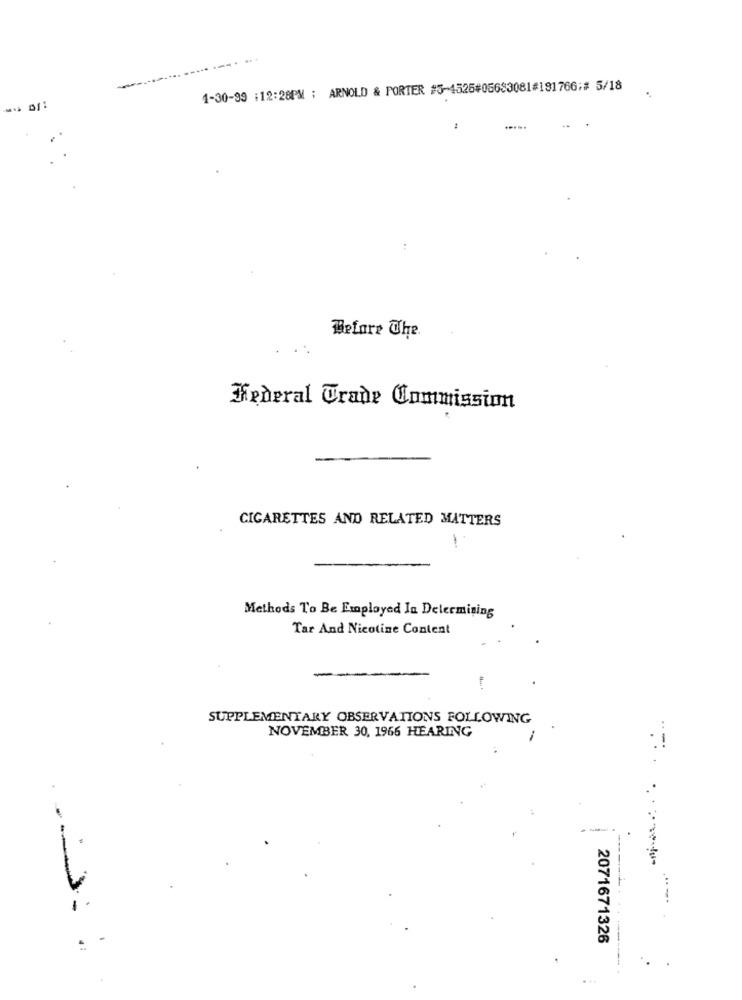
..
1-30-99 :12:28PM ; ARNOLD & PORTER #5-4525#05683081#181766;# 5/18
Before The.
Federal Trade Commission
CIGARETTES AND RELATED MATTERS
1
Methods To Be Employed In Determining
Tar And Nicotine Content
SUPPLEMENTARY OBSERVATIONS FOLLOWING
NOVEMBER 30, 1966 HEARING
.
2071671326